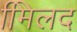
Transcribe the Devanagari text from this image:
मििलद